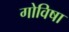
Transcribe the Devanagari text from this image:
गोविषा